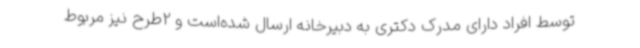
توسط افراد دارای مدرک دکتری به دبیرخانه ارسال شده‌است و 2طرح نیز مربوط